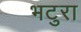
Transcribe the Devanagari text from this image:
भटुरा